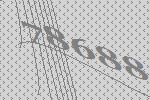
78688